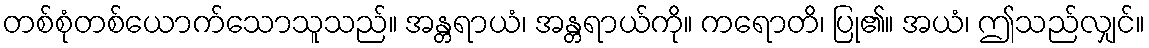
တစ်စုံတစ်ယောက်သောသူသည်။ အန္တရာယံ၊ အန္တရာယ်ကို။ ကရောတိ၊ ပြု၏။ အယံ၊ ဤသည်လျှင်။